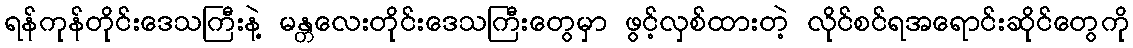
ရန်ကုန်တိုင်းဒေသကြီးနဲ့ မန္တလေးတိုင်းဒေသကြီးတွေမှာ ဖွင့်လှစ်ထားတဲ့ လိုင်စင်ရအရောင်းဆိုင်တွေကို